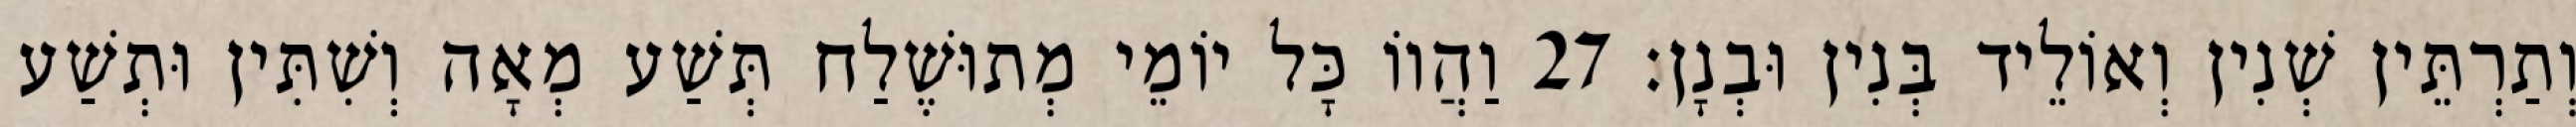
וְתַרְתֵּין שְׁנִין וְאוֹלֵיד בְּנִין וּבְנָן׃ 27 וַהֲווֹ כָּל יוֹמֵי מְתוּשֶׁלַח תְּשַׁע מְאָה וְשִׁתִּין וּתְשַׁע